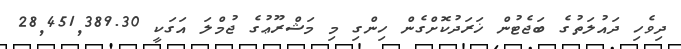
ދިވެހި ދައުލަތުގެ ބަޖެޓުން ޚަރަދުކޮށްގެން ހިންގި މި މަޝްރޫޢުގެ ޖުމްލަ އަގަކީ 28